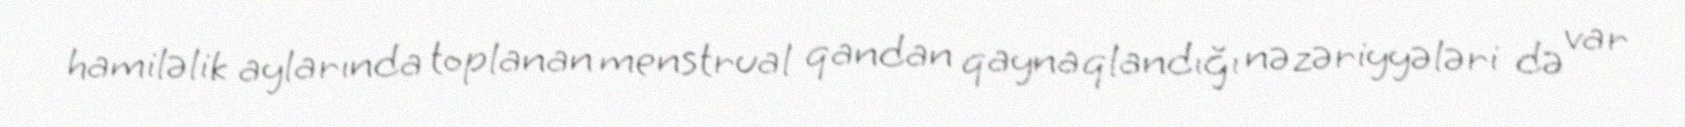
hamiləlik aylarında toplanan menstrual qandan qaynaqlandığı nəzəriyyələri də var